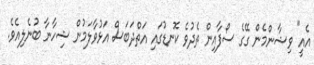
އެއީ" ވިޝާންމެން ގޭގެ ސޯފާއިން ތެދުވެ ކޮނޑުގައި އަތްދަބަސް އަޅުވާލަމުން ޝިހާނާ ބުނެލިއެވެ.